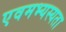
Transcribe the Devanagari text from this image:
एवमभ्यस्यता